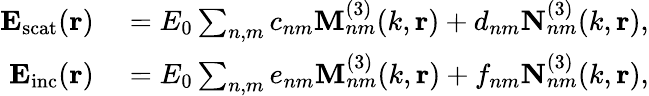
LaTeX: \begin{array}{rl}{\mathbf{E_{\mathrm{scat}}}(\mathbf{r})}&{{}=E_{0}\sum_{n,m}c_{nm}\mathbf{M}_{nm}^{(3)}(k,\mathbf{r})+d_{nm}\mathbf{N}_{nm}^{(3)}(k,\mathbf{r}),}\\ {\mathbf{E_{\mathrm{inc}}}(\mathbf{r})}&{{}=E_{0}\sum_{n,m}e_{nm}\mathbf{M}_{nm}^{(3)}(k,\mathbf{r})+f_{nm}\mathbf{N}_{nm}^{(3)}(k,\mathbf{r}),}\end{array}